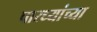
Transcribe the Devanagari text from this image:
पारध्यांच्या